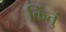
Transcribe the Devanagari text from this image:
किंतुं